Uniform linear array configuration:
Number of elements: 4
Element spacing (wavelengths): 0.5
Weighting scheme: uniform
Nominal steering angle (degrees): -30
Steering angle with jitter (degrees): -31.415
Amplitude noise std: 0.05
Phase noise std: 0.05

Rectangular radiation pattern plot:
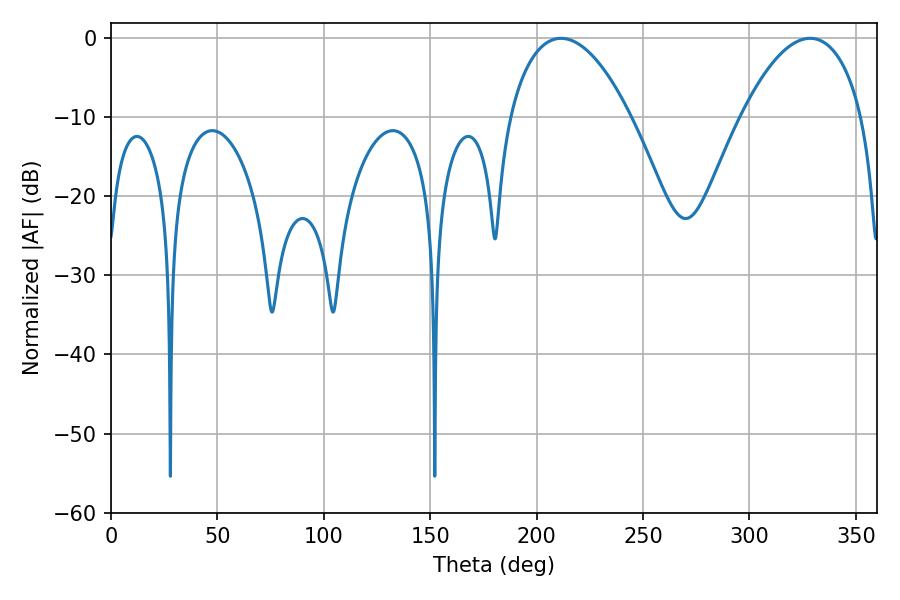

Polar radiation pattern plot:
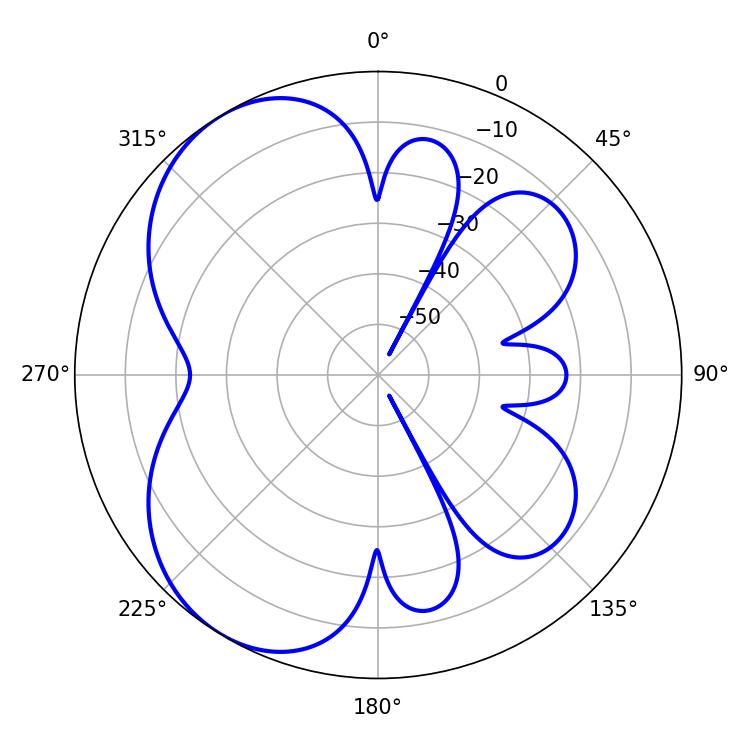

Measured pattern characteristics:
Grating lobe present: FALSE
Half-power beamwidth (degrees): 31.86
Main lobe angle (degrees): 211.5